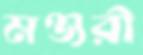
মঞ্জরী